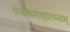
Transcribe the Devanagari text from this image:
प्रदोषमाहात्म्यम्